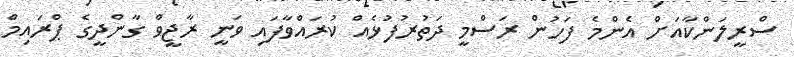
ސްރީލަންކާއަށް އެންމެ ފަހުން ރަސްމީ ދަތުރުފުޅެއް ކުރައްވާފައި ވަނީ ރާޖީވް ގާންދީގެ ޕްރައިމް